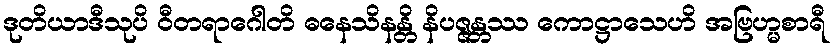
ဒုတိယာဒီသုပိ ဝီတရာဂေါတိ ဓနေသိနန္တိ နိပဇ္ဇန္တဿ ကောဋ္ဌာသေဟိ အဗြဟ္မစာရီ